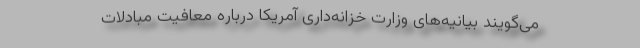
می‌گویند بیانیه‌های وزارت خزانه‌داری آمریکا درباره معافیت مبادلات